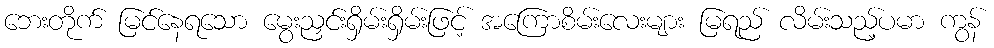
ဘေးတိုက် မြင်နေရသော မွေးညှင်းရှိမ်းရှိမ်းဖြင့် အကြောစိမ်းလေးများ မြရည် လိမ်းသည့်ပမာ ကွန်